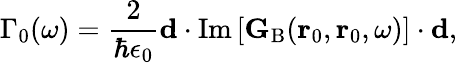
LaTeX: \Gamma_{0}(\omega)=\frac{2}{\hbar\epsilon_{0}}\mathbf{d}\cdot\mathrm{Im}\left[{\mathbf{G}_{\mathrm{B}}}(\mathbf{r}_{0},\mathbf{r}_{0},\omega)\right]\cdot\mathbf{d},